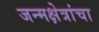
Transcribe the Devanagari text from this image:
जन्मक्षेत्रांचा